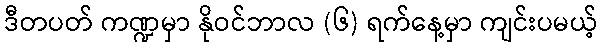
ဒီတပတ် ကဏ္ဍမှာ နိုဝင်ဘာလ (၆) ရက်နေ့မှာ ကျင်းပမယ့်